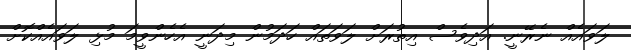
ލަވައެއް ނެރޭނީ. އަދިވެސް އިތުރަށް ލަވަތައް ހަދަމުން މިދަނީ އެހެންވީމަ މުޅި ލަވައެއްކޮށް